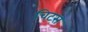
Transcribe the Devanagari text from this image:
चिट्स